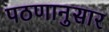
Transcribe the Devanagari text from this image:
पठणानुसार